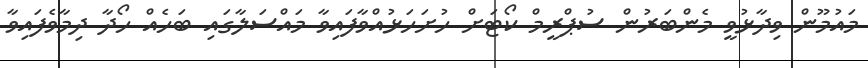
މައުމޫން ވިދާޅުވީ މެންބަރުން ސުޕްރީމް ކޯޓަށް ހުށަހަޅުއްވާފައިވާ މައްސަލާގައި ބަހެއް ހޯދާ ދިމާވެފައިވާ